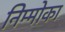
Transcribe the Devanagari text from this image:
निम्मोका